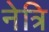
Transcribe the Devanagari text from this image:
नेत्रि